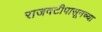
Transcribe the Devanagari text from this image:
राजवटीपासूनच्या